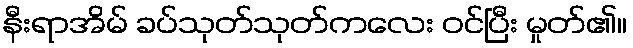
နီးရာအိမ် ခပ်သုတ်သုတ်ကလေး ဝင်ပြီး မှုတ်၏။